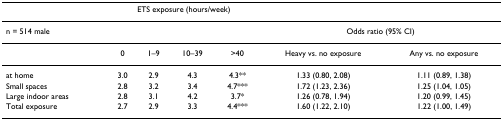
<table><thead><tr><td></td><td colspan="4"><b>ETS exposure (hours/week)</b></td><td></td><td></td></tr></thead><tbody><tr><td>n = 514 male</td><td></td><td></td><td></td><td></td><td colspan="2">Odds ratio (95% CI)</td></tr><tr><td></td><td>0</td><td>1–9</td><td>10–39</td><td>&gt;40</td><td>Heavy vs. no exposure</td><td>Any vs. no exposure</td></tr><tr><td>at home</td><td>3.0</td><td>2.9</td><td>4.3</td><td>4.3**</td><td>1.33 (0.80, 2.08)</td><td>1.11 (0.89, 1.38)</td></tr><tr><td>Small spaces</td><td>2.8</td><td>3.2</td><td>3.4</td><td>4.7***</td><td>1.72 (1.23, 2.36)</td><td>1.25 (1.04, 1.05)</td></tr><tr><td>Large indoor areas</td><td>2.8</td><td>3.1</td><td>4.2</td><td>3.7*</td><td>1.26 (0.78, 1.94)</td><td>1.20 (0.99, 1.45)</td></tr><tr><td>Total exposure</td><td>2.7</td><td>2.9</td><td>3.3</td><td>4.4***</td><td>1.60 (1.22, 2.10)</td><td>1.22 (1.00, 1.49)</td></tr></tbody></table>